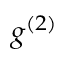
g ^ { ( 2 ) }